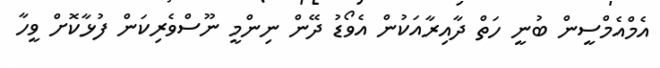
އެމްއެމްސީން ބުނީ ހަތް ދާއިރާއަކުން އެވޯޑު ދޭން ނިންމީ ނޫސްވެރިކަން ފުޅާކޮށް ވީހާ